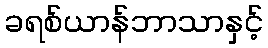
ခရစ်ယာန်ဘာသာနှင့်